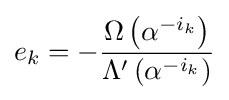
e_{k}=-{\Omega \left(\alpha ^{-i_{k}}\right) \over \Lambda '\left(\alpha ^{-i_{k}}\right)}